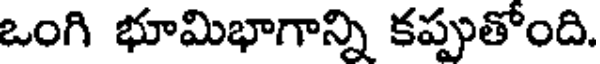
ఒంగి భూమిభాగాన్ని కప్పుతోంది.